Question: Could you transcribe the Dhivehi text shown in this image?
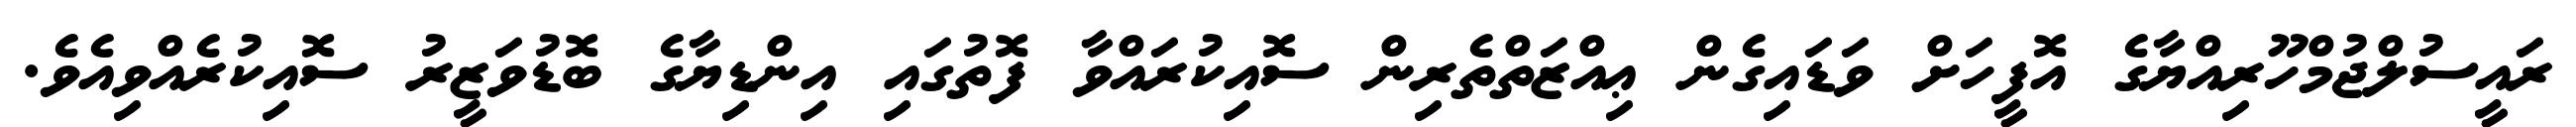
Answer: ރައީސުލްޖުމްހޫރިއްޔާގެ އޮފީހަށް ވަޑައިގެން ޢިއްޒަތްތެރިން ސޮއިކުރައްވާ ފޮތުގައި އިންޑިޔާގެ ބޮޑުވަޒީރު ސޮއިކުރެއްވިއެވެ.